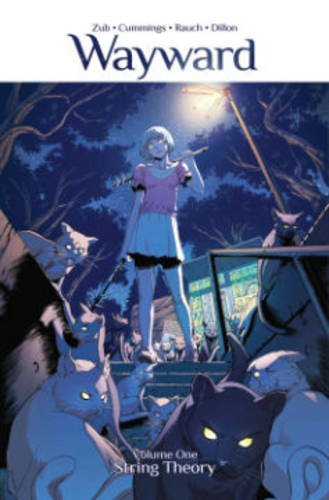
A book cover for Wayward Volume 1: String Theory (Wayward Tp); Jim Zubkavich; Comics & Graphic Novels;